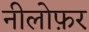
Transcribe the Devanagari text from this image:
नीलोफ़र